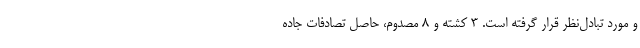
و مورد تبادل‌نظر قرار گرفته است. ۳ کشته و ۸ مصدوم، حاصل تصادفات جاده